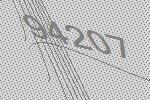
94207